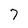
Character: 7